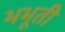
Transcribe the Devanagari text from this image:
भभूती